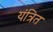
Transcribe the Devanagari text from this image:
यंत्रित